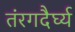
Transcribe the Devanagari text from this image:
तंरगदैर्घ्य